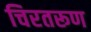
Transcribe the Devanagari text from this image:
चिरतरूण